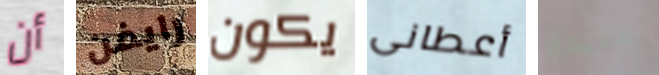
أن رايفن يكون أعطانى عنيدة